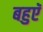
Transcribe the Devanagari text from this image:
बहुएॅ